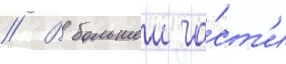
// В большеи ча́ст'и